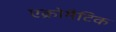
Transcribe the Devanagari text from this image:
एक्रोमैटिक